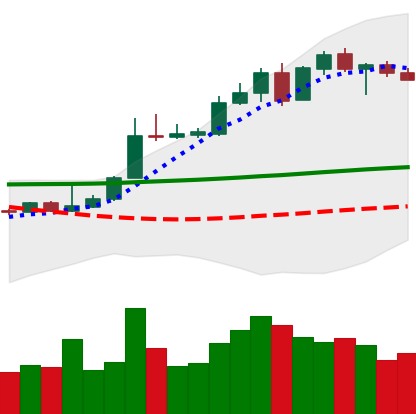
Ticker: XLM-USD
Chart end date: 2020-05-06
Forward return: -11.801%
Label: down_7plus